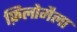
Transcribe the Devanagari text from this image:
फ़िलोमैला